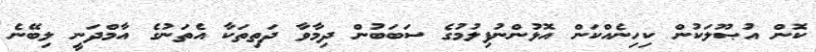
ކޮން އުޞޫލަކުން ކިހިނެއްކަން އޮޅުންނުފިލުމުގެ ސަބަބުން ދިމާވާ ދަތިތަކާ އެތަނުގެ އާމްދަނީ ލިބޭނެ